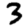
Digit: 3